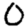
Digit: 0